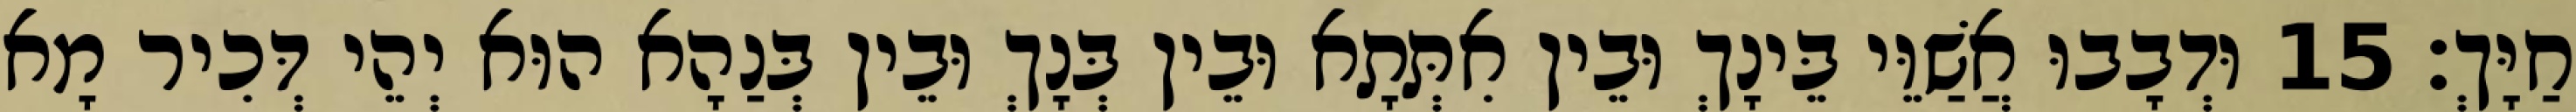
חַיָּךְ׃ 15 וּדְבָבוּ אֲשַׁוֵּי בֵּינָךְ וּבֵין אִתְּתָא וּבֵין בְּנָךְ וּבֵין בְּנַהָא הוּא יְהֵי דְּכִיר מָא